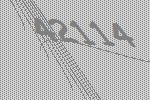
42114